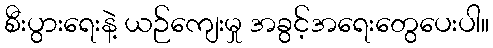
စီးပွားရေးနဲ့ ယဉ်ကျေးမှု အခွင့်အရေးတွေပေးပါ။